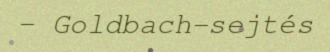
– Goldbach-sejtés